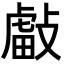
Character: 𢿊